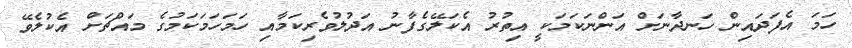
ހަމަ އެފަދައިން ހަނދާނަށް އަންނަކަމަކީ އިތުރު އެކަލޭގެފާނު އަދުލުވެރިކަމާއި ހަމަހަމަކަމުގެ މައްޗަށް އެކުލެވޭ